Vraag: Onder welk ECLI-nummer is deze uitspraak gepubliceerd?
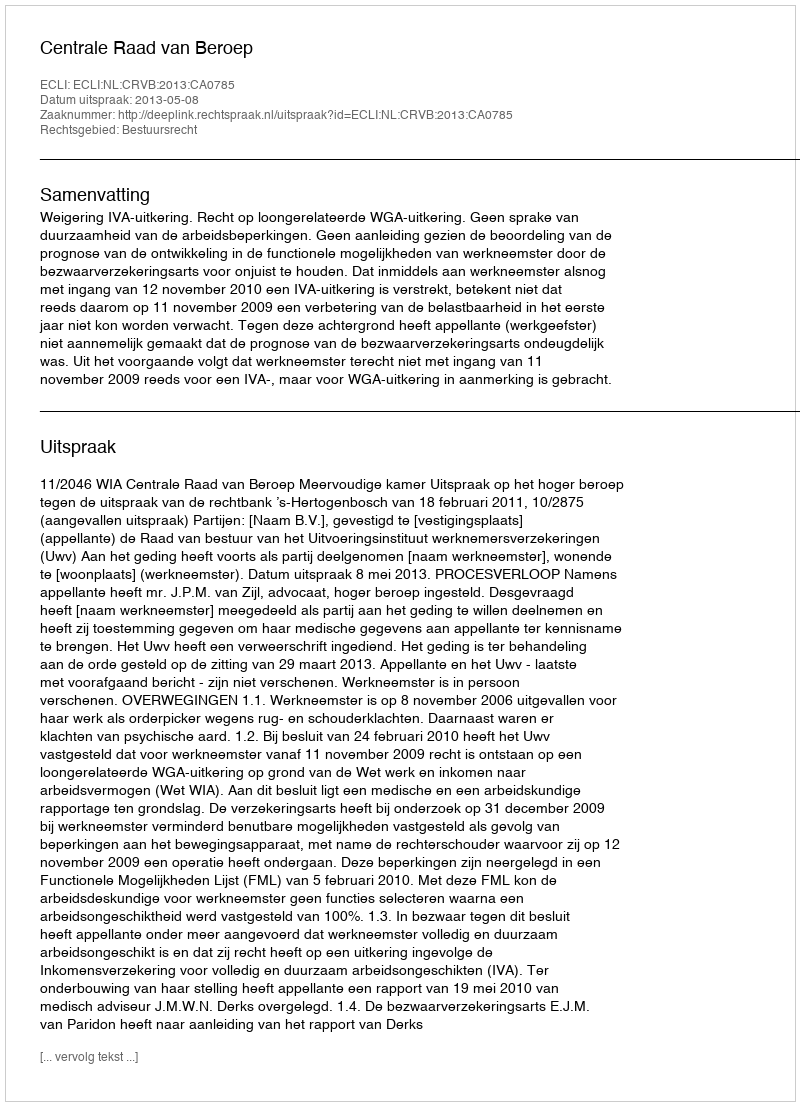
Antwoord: ECLI:NL:CRVB:2013:CA0785